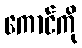
ကောင်ကို